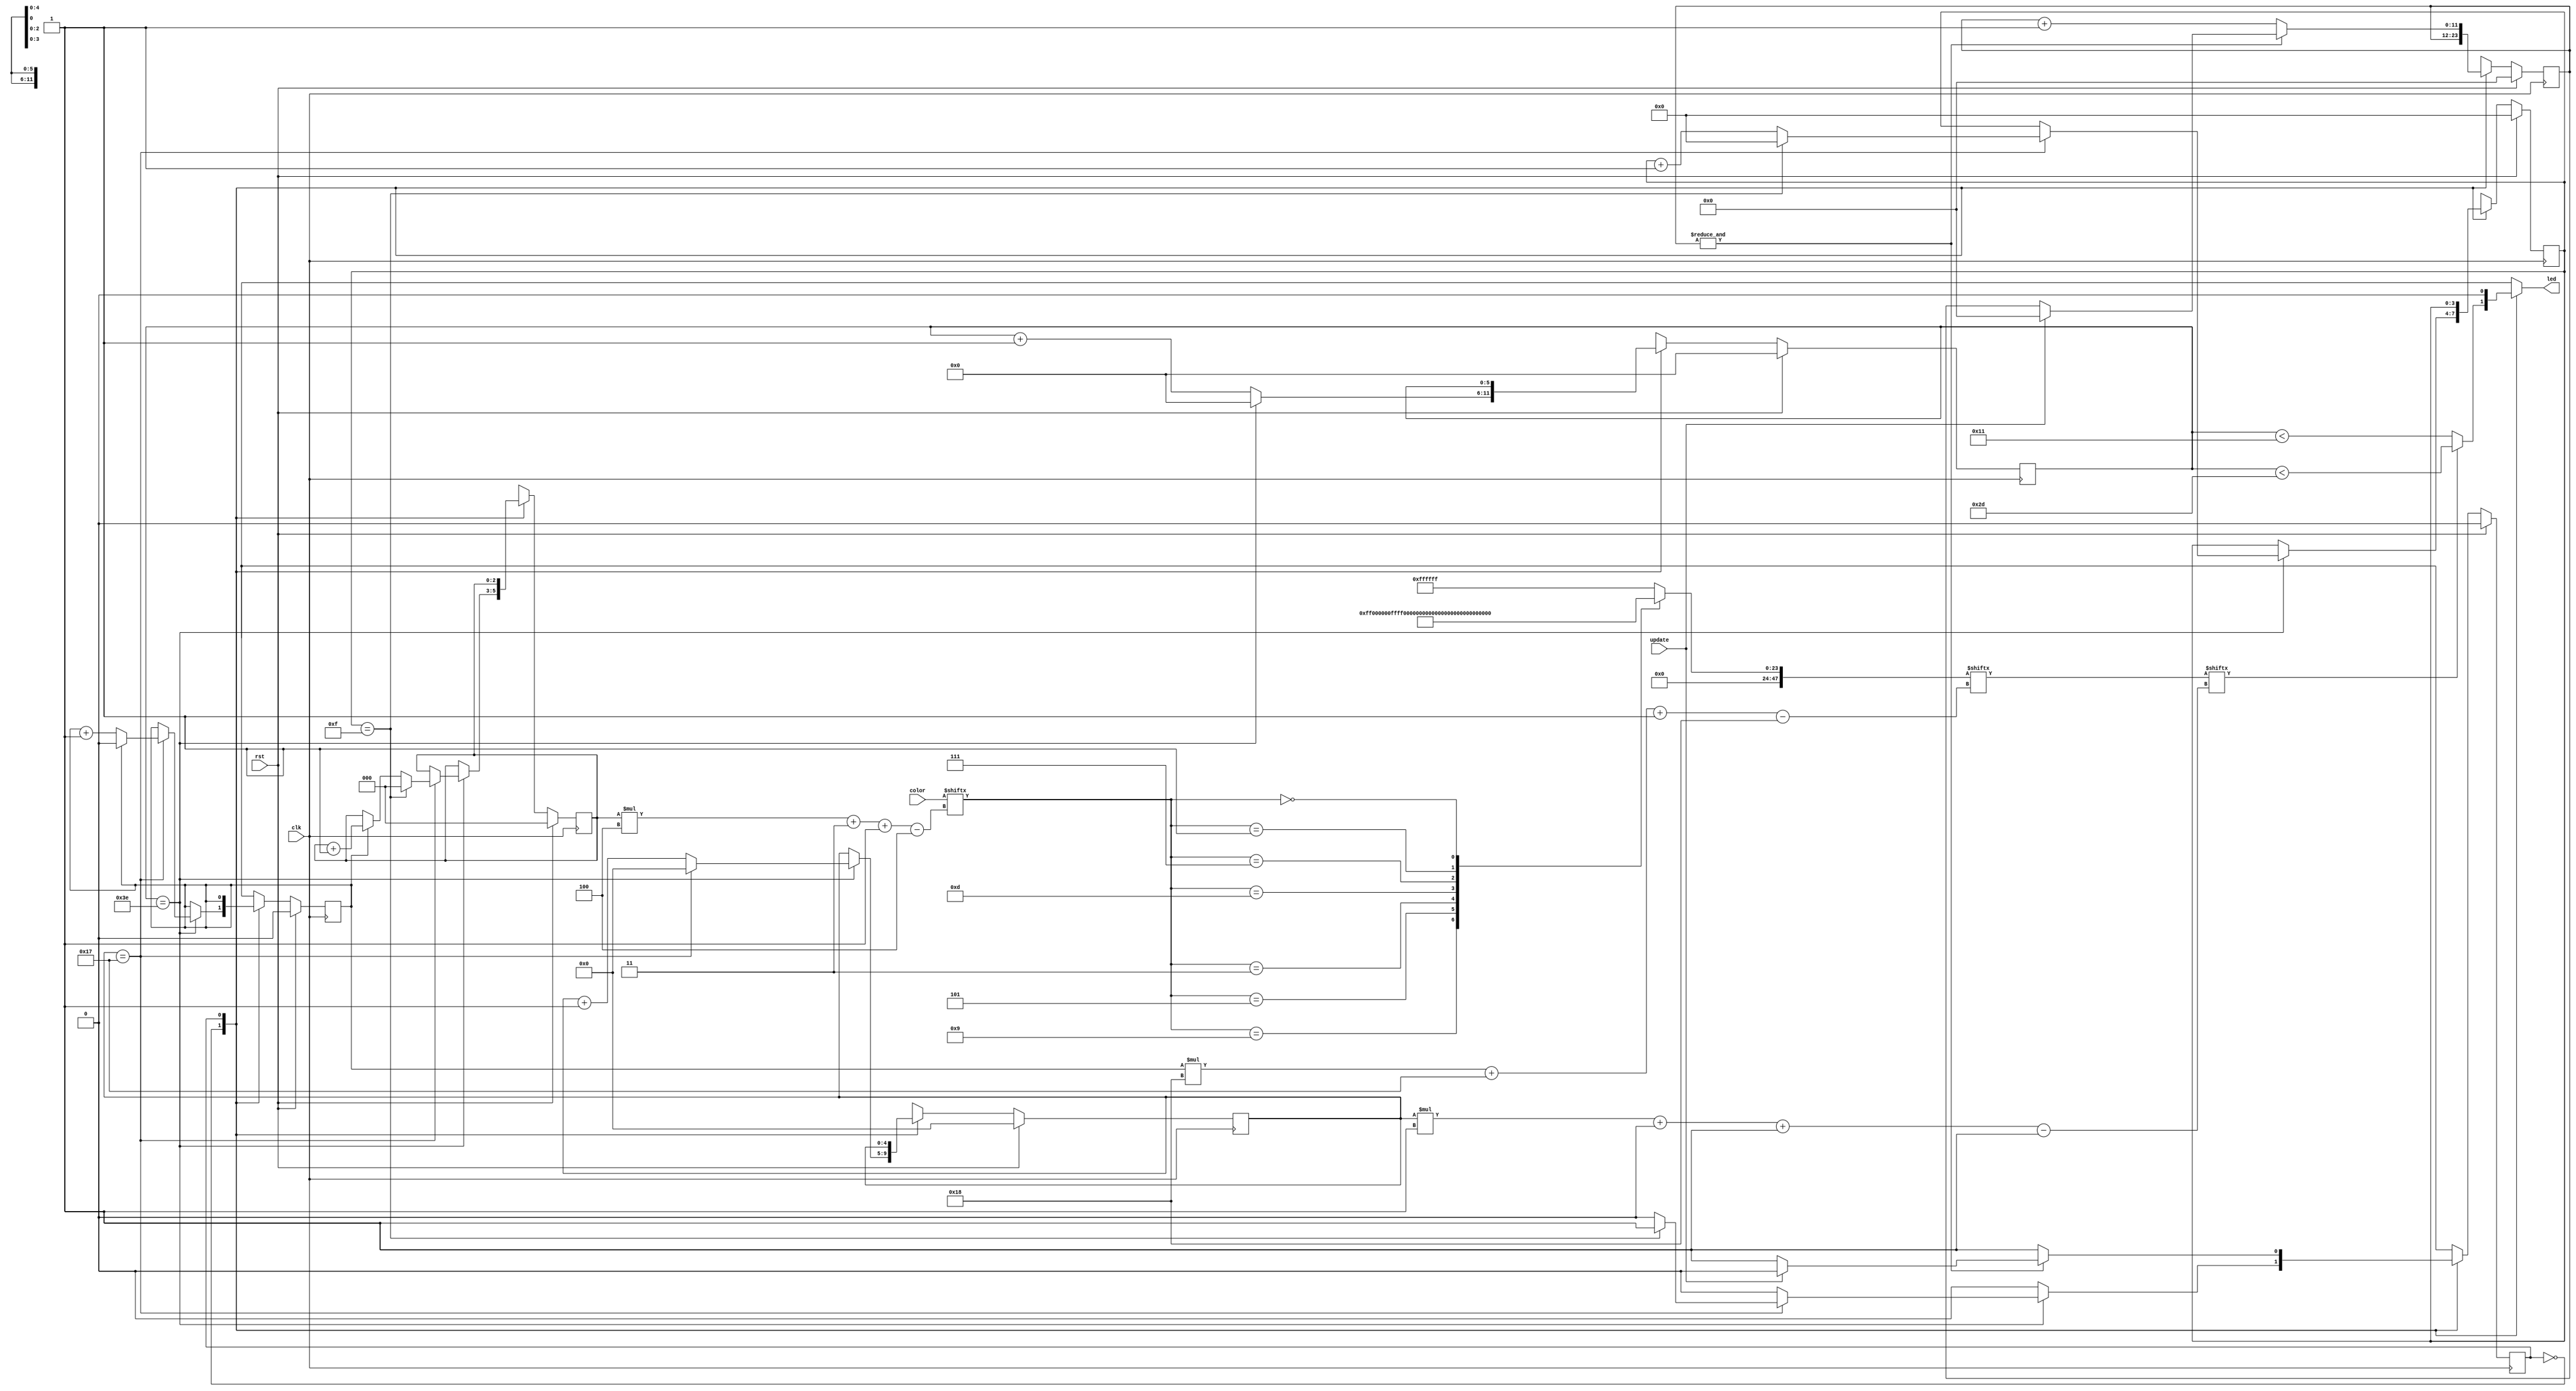
/*
   This file was generated automatically by the Mojo IDE version B1.3.6.
   Do not edit this file directly. Instead edit the original Lucid source.
   This is a temporary file and any changes made to it will be destroyed.
*/

/*
   Parameters:
     LED_COUNT = 8
     GROUP_COUNT = 2
*/
module ws2812b_2 (
    input clk,
    input rst,
    input [31:0] color,
    output reg led,
    input update
  );
  
  localparam LED_COUNT = 4'h8;
  localparam GROUP_COUNT = 2'h2;
  
  
  localparam PIXEL_COUNT = 6'h10;
  
  localparam SEND_PIXEL_state = 1'd0;
  localparam RESET_state = 1'd1;
  
  reg M_state_d, M_state_q = SEND_PIXEL_state;
  reg [3:0] M_pixel_ctr_d, M_pixel_ctr_q = 1'h0;
  reg [2:0] M_led_ctr_d, M_led_ctr_q = 1'h0;
  reg [0:0] M_current_group_led_ctr_d, M_current_group_led_ctr_q = 1'h0;
  reg [4:0] M_bit_ctr_d, M_bit_ctr_q = 1'h0;
  reg [5:0] M_ctr_d, M_ctr_q = 1'h0;
  reg [11:0] M_rst_ctr_d, M_rst_ctr_q = 1'h0;
  
  localparam BLUE = 24'hff0000;
  
  localparam GREEN = 24'h0000ff;
  
  localparam RED = 24'h00ff00;
  
  localparam PINK = 24'hc9ff84;
  
  localparam TURQUOISE = 24'h0b0207;
  
  localparam WHITE = 24'hffffff;
  
  localparam PADDED_BLUE = 48'h000000ff0000;
  
  localparam PADDED_GREEN = 48'h0000000000ff;
  
  localparam PADDED_RED = 48'h00000000ff00;
  
  localparam PADDED_PINK = 48'h000000c9ff84;
  
  localparam PADDED_TURQUOISE = 48'h0000000b0207;
  
  localparam PADDED_WHITE = 48'h000000ffffff;
  
  localparam PADDED_CYAN = 48'h000000ff00ff;
  
  reg [23:0] bits;
  
  reg [47:0] group_bits;
  
  always @* begin
    M_state_d = M_state_q;
    M_led_ctr_d = M_led_ctr_q;
    M_pixel_ctr_d = M_pixel_ctr_q;
    M_rst_ctr_d = M_rst_ctr_q;
    M_bit_ctr_d = M_bit_ctr_q;
    M_ctr_d = M_ctr_q;
    M_current_group_led_ctr_d = M_current_group_led_ctr_q;
    
    led = 1'h0;
    
    case (color[(M_led_ctr_q)*4+3-:4])
      4'h9: begin
        group_bits = 48'h00000000ff00;
      end
      4'h5: begin
        group_bits = 48'h0000000000ff;
      end
      4'h3: begin
        group_bits = 48'h000000ff0000;
      end
      4'hd: begin
        group_bits = 48'h000000c9ff84;
      end
      4'h7: begin
        group_bits = 48'h0000000b0207;
      end
      4'h1: begin
        group_bits = 48'h000000ff00ff;
      end
      4'h0: begin
        group_bits = 48'h000000000000;
      end
      default: begin
        group_bits = 48'h000000ffffff;
      end
    endcase
    bits = group_bits[(M_current_group_led_ctr_q)*24+23-:24];
    
    case (M_state_q)
      SEND_PIXEL_state: begin
        if (bits[(M_bit_ctr_q)*1+0-:1]) begin
          led = M_ctr_q < 6'h2d;
        end else begin
          led = M_ctr_q < 5'h11;
        end
        M_ctr_d = M_ctr_q + 1'h1;
        if (M_ctr_q == 6'h3e) begin
          M_ctr_d = 1'h0;
          M_bit_ctr_d = M_bit_ctr_q + 1'h1;
          if (M_bit_ctr_q == 5'h17) begin
            M_bit_ctr_d = 1'h0;
            M_pixel_ctr_d = M_pixel_ctr_q + 1'h1;
            M_current_group_led_ctr_d = M_current_group_led_ctr_q + 1'h1;
            if (M_current_group_led_ctr_q == 3'h1) begin
              M_current_group_led_ctr_d = 1'h0;
              M_led_ctr_d = M_led_ctr_q + 1'h1;
            end
            if (M_pixel_ctr_q == 7'h0f) begin
              M_pixel_ctr_d = 1'h0;
              M_led_ctr_d = 1'h0;
              M_state_d = RESET_state;
            end
          end
        end
      end
      RESET_state: begin
        if ((&M_rst_ctr_q)) begin
          if (update) begin
            M_rst_ctr_d = 1'h0;
            M_state_d = SEND_PIXEL_state;
          end
        end else begin
          M_rst_ctr_d = M_rst_ctr_q + 1'h1;
        end
      end
    endcase
  end
  
  always @(posedge clk) begin
    if (rst == 1'b1) begin
      M_pixel_ctr_q <= 1'h0;
      M_led_ctr_q <= 1'h0;
      M_current_group_led_ctr_q <= 1'h0;
      M_bit_ctr_q <= 1'h0;
      M_ctr_q <= 1'h0;
      M_rst_ctr_q <= 1'h0;
      M_state_q <= 1'h0;
    end else begin
      M_pixel_ctr_q <= M_pixel_ctr_d;
      M_led_ctr_q <= M_led_ctr_d;
      M_current_group_led_ctr_q <= M_current_group_led_ctr_d;
      M_bit_ctr_q <= M_bit_ctr_d;
      M_ctr_q <= M_ctr_d;
      M_rst_ctr_q <= M_rst_ctr_d;
      M_state_q <= M_state_d;
    end
  end
  
endmodule